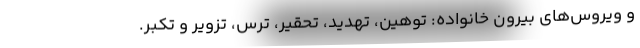
و ویروس‌های بیرون خانواده: توهین، تهدید، تحقیر، ترس، تزویر و تکبر.